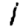
Digit: 1